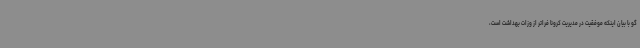
گو با بیان اینکه موفقیت در مدیریت کرونا فراتر از وزات بهداشت است،